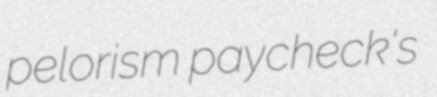
pelorism paycheck's